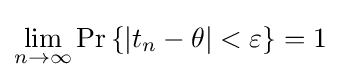
\lim _{n\to \infty }\Pr \left\{\left|t_{n}-\theta \right|<\varepsilon \right\}=1